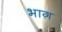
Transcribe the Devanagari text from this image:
भाग़